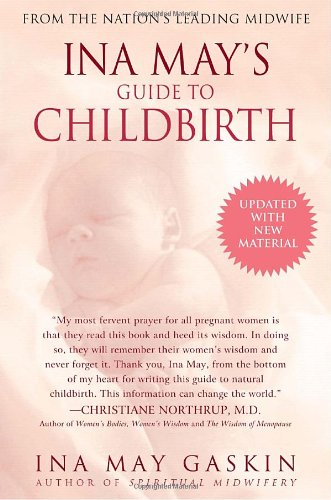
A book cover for Ina May's Guide to Childbirth; Ina May Gaskin; Parenting & Relationships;